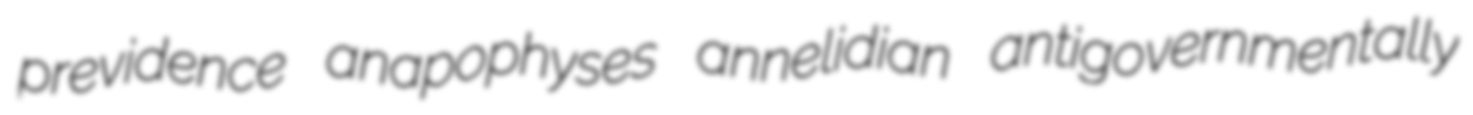
previdence anapophyses annelidian antigovernmentally